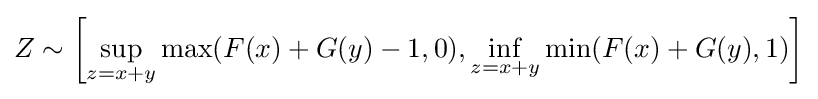
Z\sim \left[\sup _{z=x+y}\max(F(x)+G(y)-1,0),\inf _{z=x+y}\min(F(x)+G(y),1)\right]